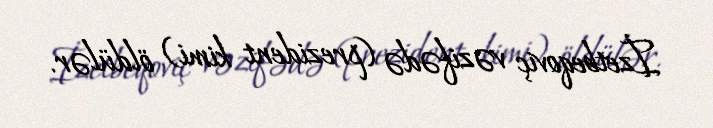
İzetbeqoviç vəzifədə (prezident kimi) öldülər.